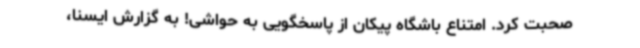
صحبت کرد. امتناع باشگاه پیکان از پاسخگویی به حواشی! به گزارش ایسنا،